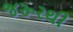
જરૂરથી